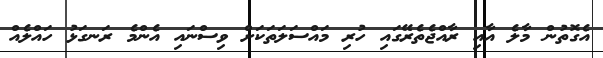
އެގޮތުން މާލެ އާއި ރާއްޖެތެރޭގައި ހުރި މައްސަލަތަކަށް ވިސްނައި އެންމެ ރަނގަޅު ހައްލެއް